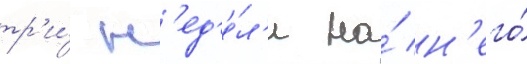
тр'и́ н'ед'е́л'и на́ н'его́